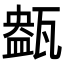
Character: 𤭹